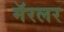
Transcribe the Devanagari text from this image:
मॅरलर